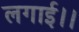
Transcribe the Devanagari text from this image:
लगाई।।